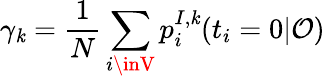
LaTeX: \gamma_{\mathit{k}}=\frac{{1}}{{N}}\sum_{i\inV}p_{i}^{I,\mathit{k}}(t_{i}=0|\mathcal{{O}})